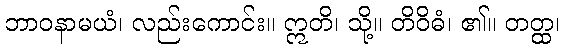
ဘာဝနာမယံ၊ လည်းကောင်း။ ဣတိ၊ သို့။ တိဝိဓံ၊ ၏။ တတ္ထ၊